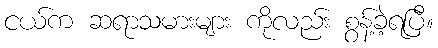
ငယ်က ဆရာသမားများ ကိုလည်း စွန့်ခဲ့ရပြီ။